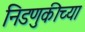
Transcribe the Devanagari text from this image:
निडणुकीच्या